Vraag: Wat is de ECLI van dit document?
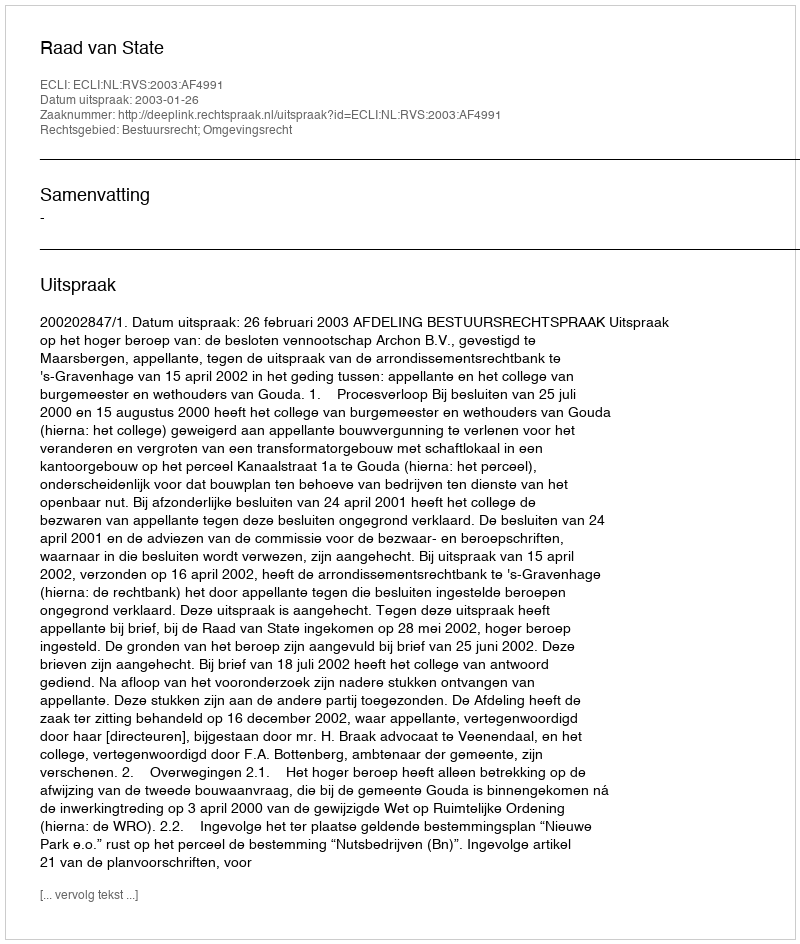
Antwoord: ECLI:NL:RVS:2003:AF4991